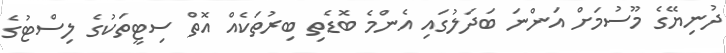
ދުނިޔޭގެ މޫސުމަށް އަންނަ ބަދަލުގައި އެންމެ ބޮޑެތި ބިރުތަކެއް އޮތް ސިޓީތަކުގެ ލިސްޓުގެ